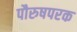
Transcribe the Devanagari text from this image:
पौरुषपरक